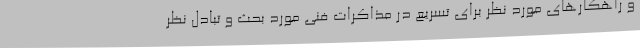
و راهکارهای مورد نظر برای تسریع در مذاکرات فنی مورد بحث و تبادل نظر